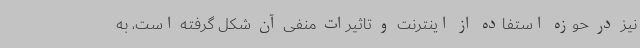
نیز در حوزه استفاده از اینترنت و تاثیرات منفی آن شکل گرفته است، به